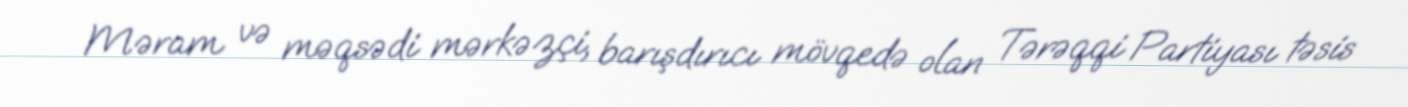
Məram və məqsədi mərkəzçi, barışdırıcı mövqedə olan Tərəqqi Partiyası təsis